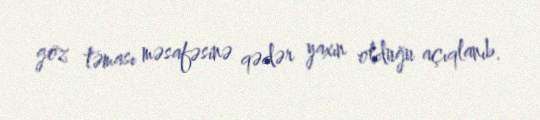
göz təması məsafəsinə qədər yaxın olduğu açıqlanıb.